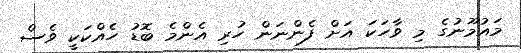
މައުމޫނުގެ މި ވާހަކަ އަށް ފެންނަން ހުރި އެންމެ ބޮޑު ހެއްކަކީ ވެސް